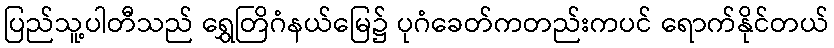
ပြည်သူ့ပါတီသည် ရွှေတြိဂံနယ်မြေ၌ ပုဂံခေတ်ကတည်းကပင် ရောက်နိုင်တယ်